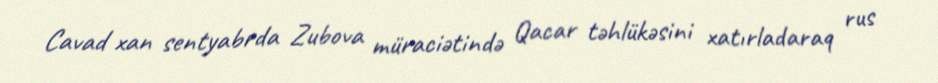
Cavad xan sentyabrda Zubova müraciətində Qacar təhlükəsini xatırladaraq rus